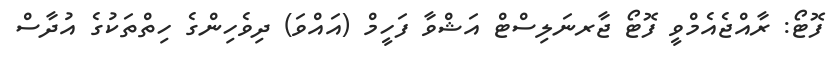
ފޮޓޯ: ރާއްޖެއެމްވީ ފޮޓޯ ޖާރނަލިސްޓް އަޝްވާ ފަހީމް (އައްވަ) ދިވެހިންގެ ހިތްތަކުގެ އުދާސް